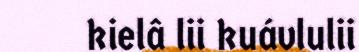
kielâ lii kuávlulii